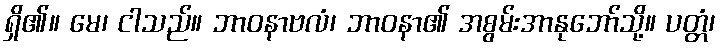
ရှိ၏။ မေ၊ ငါသည်။ ဘာဝနာဗလံ၊ ဘာဝနာ၏ အစွမ်းအာနုဘော်သို့။ ပတ္တံ၊